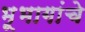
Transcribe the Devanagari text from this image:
भूभागांचे